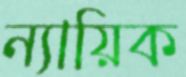
ন্যায়িক